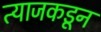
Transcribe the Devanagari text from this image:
त्याजकडून